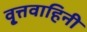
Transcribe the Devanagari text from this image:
वृ्त्तवाहिनी